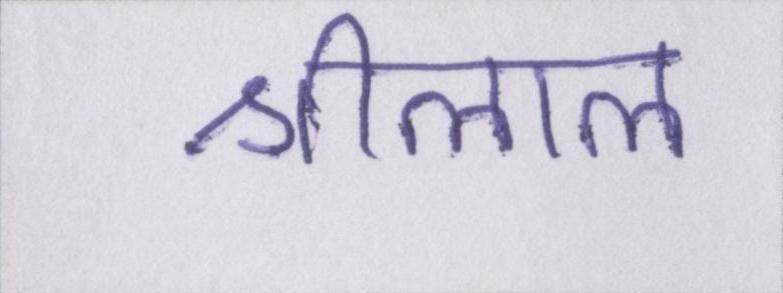
श्रीलाल